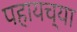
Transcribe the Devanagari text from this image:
पहायच्या